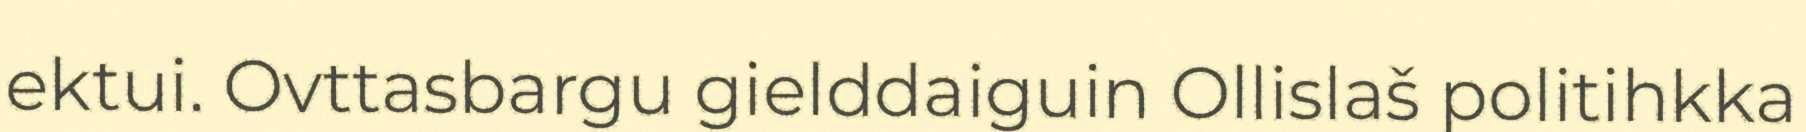
ektui. Ovttasbargu gielddaiguin Ollislaš politihkka